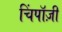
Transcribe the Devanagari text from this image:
चिंपाॅज़ी